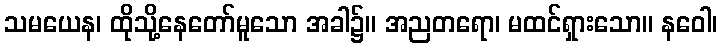
သမယေန၊ ထိုသို့နေတော်မူသော အခါ၌။ အညတရော၊ မထင်ရှားသော။ နဝေါ၊